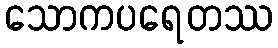
သောကပရေတဿ